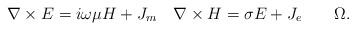
LaTeX: \begin{align*}\nabla\times E=i\omega\mu H + J_m\quad\nabla\times H=\sigma E + J_e \quad\quad\Omega.\end{align*}